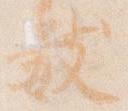
数